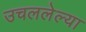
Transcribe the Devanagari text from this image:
उचललेल्या